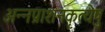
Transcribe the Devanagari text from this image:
अन्नप्राशनकृत्येषु